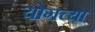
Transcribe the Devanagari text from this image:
योगच्या